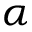
\alpha